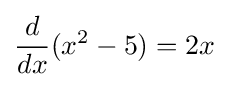
{\frac {d}{dx}}(x^{2}-5)=2x